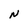
Character: N